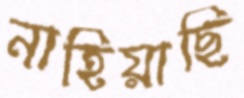
নাহিয়াছি